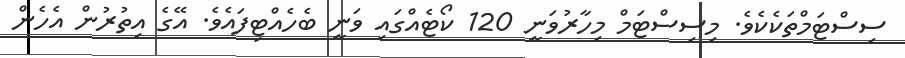
ސިސްޓަމްތަކެކެވެ. މިސިސްޓަމް މިހާރުވަނީ 120 ކޯޓެއްގައި ވަނީ ބެހެއްޓިފައެވެ. އޭގެ އިތުރުން އެހެން